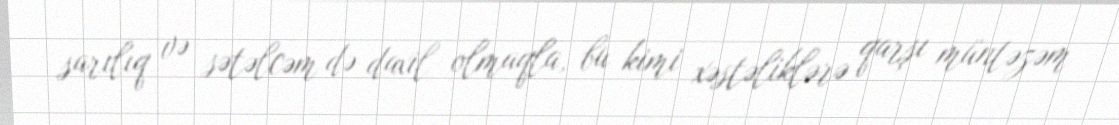
sarılıq və sətəlcəm də daxil olmaqla, bu kimi xəstəliklərə qarşı müntəzəm